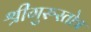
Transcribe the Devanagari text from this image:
श्रीगुरुस्तोत्र